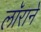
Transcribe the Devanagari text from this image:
लॉराने